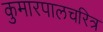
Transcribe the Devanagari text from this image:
कुमारपालचरित्र